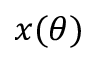
x ( \theta )